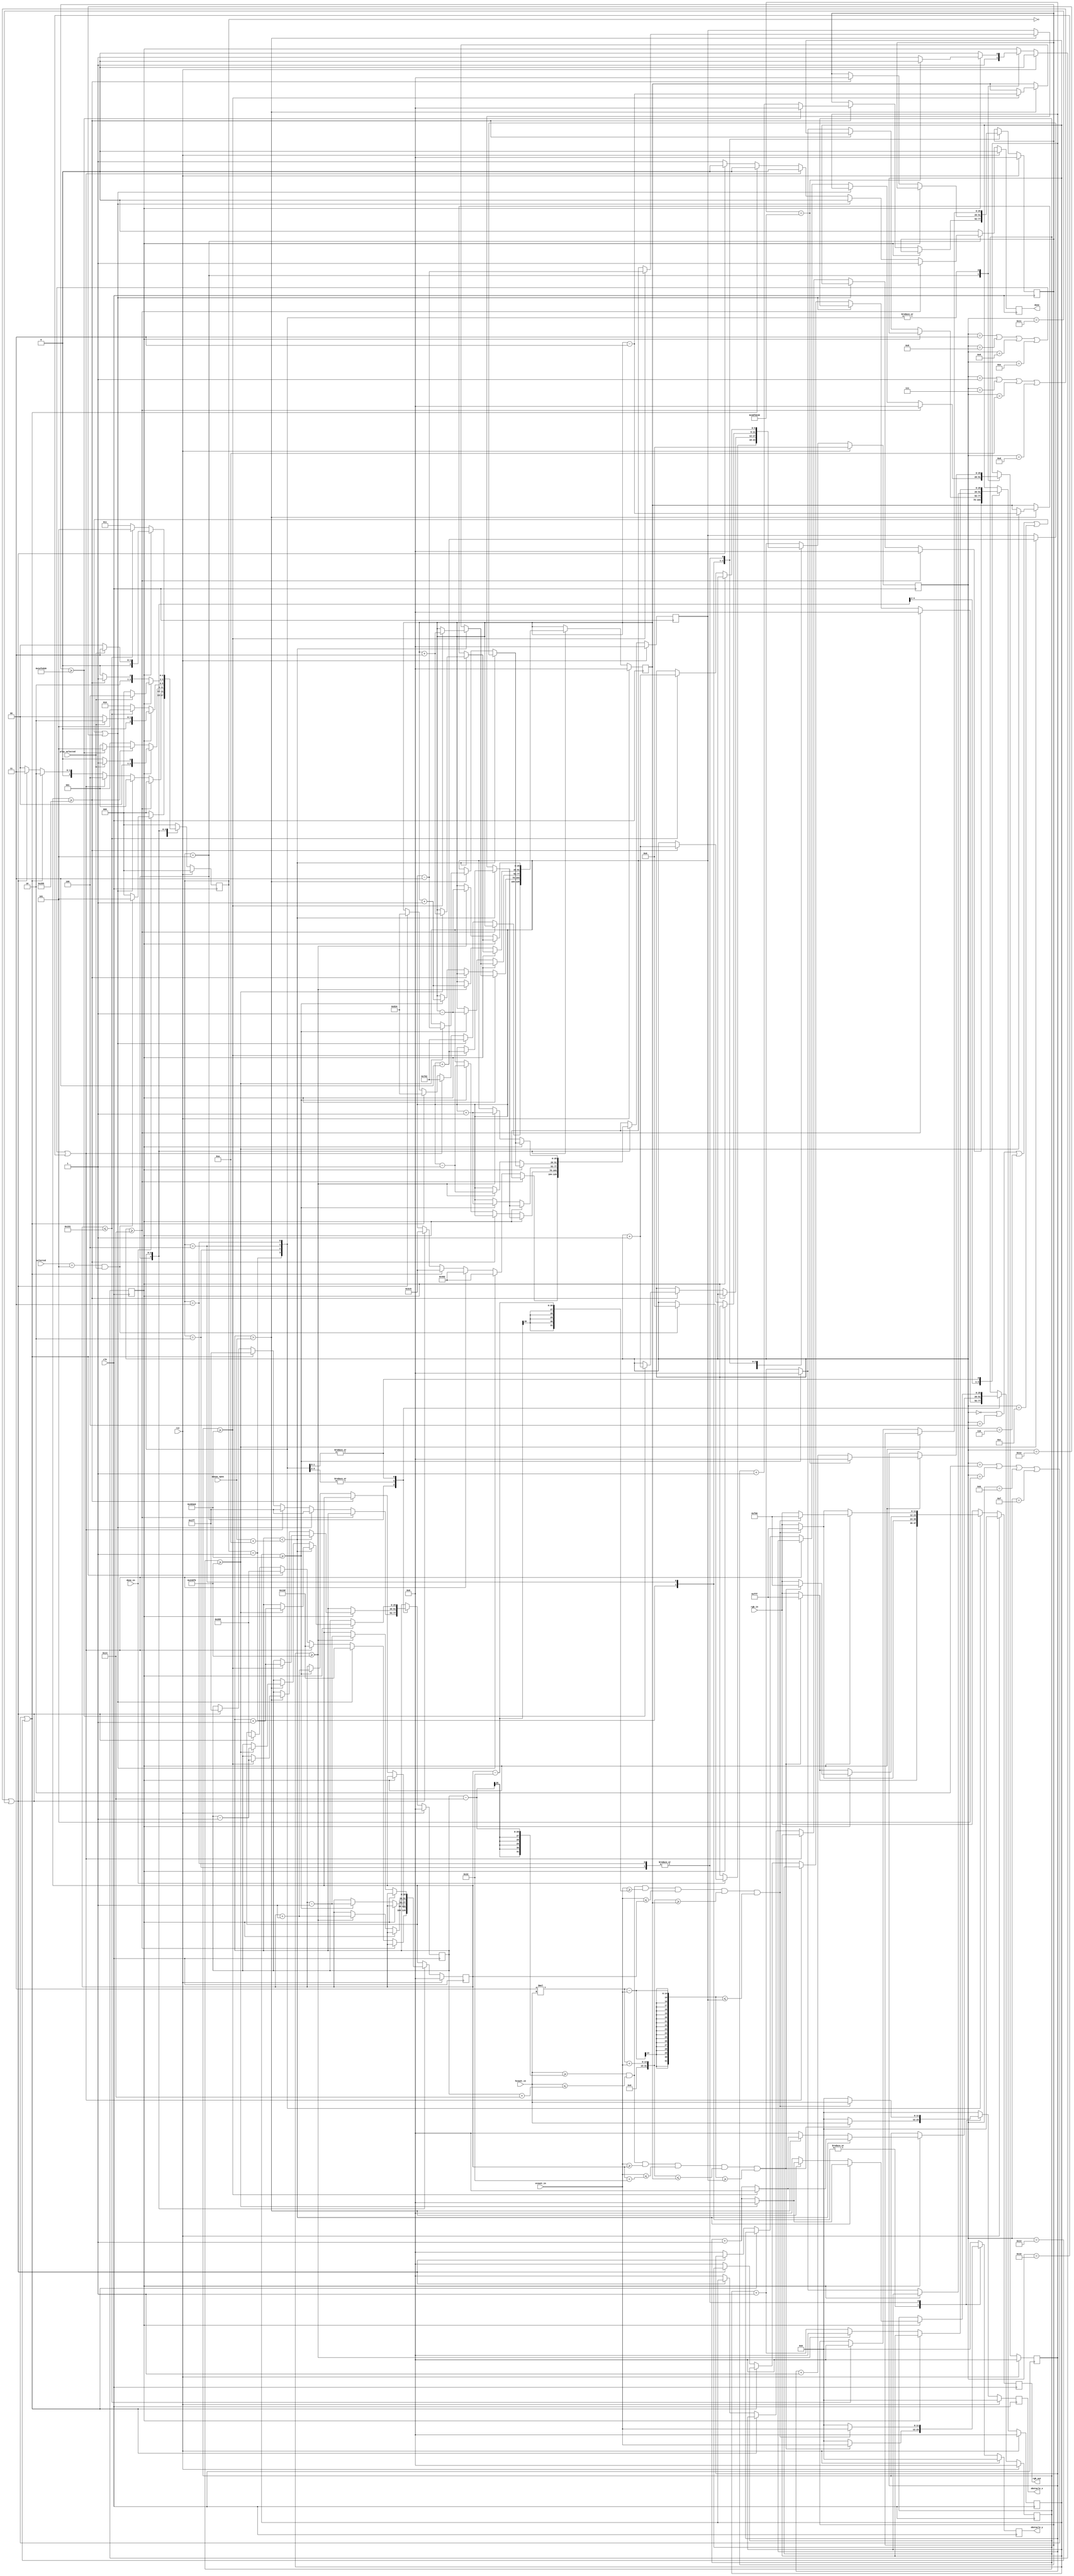
`timescale 1ns / 1ps
//////////////////////////////////////////////////////////////////////////////////
// Company: 
// Engineer: 
// 
// Design Name: 
// Module Name: falling_spikes_obstacle
// Project Name: 
// Target Devices: 
// Tool Versions: 
// Description: 
// 
// Dependencies: 
// 
// Revision:
// Revision 0.01 - File Created
// Additional Comments:
// 
//////////////////////////////////////////////////////////////////////////////////
/*
/MO-created module. Despite knowing how to display static triangles in all 4 directions  on screen (code at the end of file) i could not 
/ find a reasonable way to display triangles facing right and left - bec of the fact that creating slope on screen sometimes requires 
/ comparing hcount and vcount to negative number both of them (hcount and vcount) had to be transformed into "signed" form which is two's complement
/ in order to properly compare values. This resulted in problems of not meeting timing requirements in different wires across the whole program (even outside of "CORE")
/ (Total Negative slack ranged from -9ns  to -250ns in warious attempts to fix this issue in this module). In the end it was decided that it is not worth the effort
/ of rewriting code in warious modules just for the sake of this one module.
/
*/

module falling_spikes_obstacle
    #( parameter
        SELECT_CODE = 3'b101
    )
    (
        input wire  [11:0] vcount_in,
        input wire  [11:0] hcount_in,
        input wire clk,
        input wire rst,
        input wire [11:0] rgb_in,
        input wire play_selected,
        input wire [2:0] selected,
        input wire done_in,
        input wire [11:0] mouse_xpos,
        //input wire [11:0] mouse_ypos, Needed in horizontal spikes but unused due to problem with them.
        
        output reg [11:0] rgb_out,
        output reg [11:0] obstacle_x,
        output reg [11:0] obstacle_y,
        output reg done
    );

localparam COUNTER_AIM              = 65000000,     //1 sec
           COUNTER_FASTER_MOVE      = 150000,
           COUNTER_FAST_MOVE        = 300000,
           COUNTER_AFTER_FALL       = 32500000;   //0,5 sec
           
localparam IDLE                 = 3'b000,
           SPIKE_FROM_TOP       = 3'b001,
           SPIKE_FROM_BOTTOM    = 3'b010,
           BARRAGE_FROM_BOTTOM  = 3'b011,
           BARRAGE_FROM_TOP     = 3'b100,
           SPIKE_DISTRIBUTOR    = 3'b101;

           
localparam SPIKE_WIDTH          = 20;

localparam GAME_FIELD_TOP       = 317,
           GAME_FIELD_BOTTOM    = 617,
           GAME_FIELD_LEFT      = 361,
           GAME_FIELD_RIGHT     = 661;
    
reg [25:0] counter_move_x, counter_move_x_nxt, counter_move_y, counter_move_y_nxt;
reg [25:0] counter_after_fall, counter_after_fall_nxt;
reg [11:0] rgb_nxt;
reg [11:0] obstacle_x_nxt, obstacle_y_nxt;
reg [2:0] state, state_nxt;
reg done_nxt;
reg [25:0] aim_counter, aim_counter_nxt;

reg [5:0] spike_counter, spike_counter_nxt;
reg warning, warning_nxt;
reg [25:0] spike_left_or_top_slope, spike_left_or_top_slope_nxt, spike_right_or_bot_slope, spike_right_or_bot_slope_nxt;
reg [25:0] spike_center_x, spike_center_x_nxt, spike_center_y, spike_center_y_nxt;


always @(posedge clk) begin
    if (rst) begin
        state                       <= IDLE;
        rgb_out                     <= 0; 
        obstacle_x                  <= 0;
        obstacle_y                  <= 0;
        counter_move_x              <= 0;
        counter_move_y              <= 0;
        counter_after_fall          <= 0;
        spike_center_x              <= 0;
        spike_center_y              <= 0;
        spike_counter               <= 0;
        done                        <= 0;
        aim_counter                 <= 0;
        warning                     <= 0;
        spike_left_or_top_slope     <= 0;
        spike_right_or_bot_slope    <= 0;

    end
    else begin
        state                       <= state_nxt;
        rgb_out                     <= rgb_nxt;
        obstacle_x                  <= obstacle_x_nxt;
        obstacle_y                  <= obstacle_y_nxt;
        counter_move_x              <= counter_move_x_nxt;
        counter_move_y              <= counter_move_y_nxt;
        counter_after_fall          <= counter_after_fall_nxt;
        spike_center_x              <= spike_center_x_nxt;
        spike_center_y              <= spike_center_y_nxt;
        spike_counter               <= spike_counter_nxt;
        done                        <= done_nxt;
        aim_counter                 <= aim_counter_nxt;
        warning                     <= warning_nxt;
        spike_left_or_top_slope     <= spike_left_or_top_slope_nxt;
        spike_right_or_bot_slope    <= spike_right_or_bot_slope_nxt;

    end
end

always @* begin
    rgb_nxt                         = rgb_in;
    state_nxt                       = IDLE;
    counter_move_x_nxt              = counter_move_x;
    counter_move_y_nxt              = counter_move_y;
    counter_after_fall_nxt          = counter_after_fall;
    spike_counter_nxt               = spike_counter;
    obstacle_x_nxt                  = 0;
    obstacle_y_nxt                  = 0;
    done_nxt                        = 0;
    aim_counter_nxt                 = aim_counter;
    warning_nxt                     = warning;
    spike_left_or_top_slope_nxt     = spike_left_or_top_slope;
    spike_right_or_bot_slope_nxt    = spike_right_or_bot_slope;
    spike_center_x_nxt              = spike_center_x;
    spike_center_y_nxt              = spike_center_y;
    case (state)
        IDLE: begin
            if (done_in) begin
                //state_nxt = ((selected == 4'b0101) && play_selected) ? SPIKE_DISTRIBUTOR : IDLE;
                if ((selected == SELECT_CODE) && play_selected) begin
                    state_nxt = SPIKE_DISTRIBUTOR;
                    spike_counter_nxt = 0;
                    end
                end
            else
                state_nxt = IDLE;

        end //end state
        
        SPIKE_DISTRIBUTOR: begin
            //finish obstacle
            if (spike_counter >= 20) begin
                state_nxt = IDLE;
                counter_move_x_nxt = 0;
                counter_move_y_nxt = 0;
                aim_counter_nxt = 0;
                warning_nxt = 1;
                done_nxt = 1;
                end
            //SPIKE_FROM_TOP
            else if (spike_counter == 0 || spike_counter == 4 || spike_counter == 6 || spike_counter == 12 || spike_counter == 18 ) begin
                state_nxt = SPIKE_FROM_TOP;
                spike_center_y_nxt = GAME_FIELD_TOP;
                spike_center_x_nxt = 511;
                spike_left_or_top_slope_nxt = 1170;
                spike_right_or_bot_slope_nxt = 1890;
                warning_nxt = 1;
                end
            //BARRAGE_FROM_TOP
            else if (spike_counter == 3 || spike_counter == 8 || spike_counter == 9 || spike_counter == 14 || spike_counter == 16 ) begin
                state_nxt = BARRAGE_FROM_TOP;
                spike_center_y_nxt = GAME_FIELD_TOP;
                spike_center_x_nxt = 511;
                spike_left_or_top_slope_nxt = 1170;
                spike_right_or_bot_slope_nxt = 1890;
                warning_nxt = 1;
                end
            //SPIKE_FROM_BOTTOM
            else if (spike_counter == 2 || spike_counter == 5 || spike_counter == 11 || spike_counter == 15 || spike_counter == 19 ) begin
                state_nxt = SPIKE_FROM_BOTTOM;
                spike_center_y_nxt = GAME_FIELD_BOTTOM;
                spike_center_x_nxt = 511;
                spike_left_or_top_slope_nxt = 965;
                spike_right_or_bot_slope_nxt = 2100;
                warning_nxt = 1;
                end
            //BARRAGE_FROM_BOTTOM
            else if (spike_counter == 1 || spike_counter == 7 || spike_counter == 10 || spike_counter == 13 || spike_counter == 17 ) begin
                state_nxt = BARRAGE_FROM_BOTTOM;
                spike_center_y_nxt = GAME_FIELD_BOTTOM;
                spike_center_x_nxt = 511;
                spike_left_or_top_slope_nxt = 965;
                spike_right_or_bot_slope_nxt = 2100;
                warning_nxt = 1;
                end
            //if somehow none of the above is true then end obstacle    
            else begin
                state_nxt = IDLE;
                counter_move_x_nxt = 0;
                counter_move_y_nxt = 0;
                aim_counter_nxt = 0;
                warning_nxt = 1;
                done_nxt = 1;
                end


        end //end state
        
        
        SPIKE_FROM_TOP: begin
        
            if (!play_selected)
                state_nxt = IDLE;
            else 
                state_nxt = SPIKE_FROM_TOP; 
                
            if (warning) begin
                //in last 2 comps - more in spike_right... and less in spike_left... makes triangle bigger , multiplying hcount gives greater slope (if x>1) or smaller slope (if x<1)
                //to move spike downwards in spike_right... add difference and in spike_left... subtract
                //when moving spike sideways add (or subtract) to both spike_right... and spike_left... value of 3*x_difference 
                if (hcount_in >= spike_center_x - SPIKE_WIDTH && hcount_in <= spike_center_x + SPIKE_WIDTH && vcount_in >= spike_center_y && (vcount_in <= spike_center_y + 50) && ((3 * hcount_in) + vcount_in) <= spike_right_or_bot_slope && ((3 * hcount_in) - vcount_in) >= spike_left_or_top_slope)  begin 
                    rgb_nxt = 12'hf_f_f;
                    obstacle_x_nxt = hcount_in;
                    obstacle_y_nxt = vcount_in;
                    end
                else 
                    rgb_nxt = rgb_in;
                    
                if (aim_counter == COUNTER_AIM) begin
                    aim_counter_nxt = 0;
                    warning_nxt = 0;
                    end
                else 
                    aim_counter_nxt = aim_counter + 1;

                //spike x axis following    
                if (spike_center_x < mouse_xpos + (SPIKE_WIDTH/2)) begin              
                    if (counter_move_x >= COUNTER_FAST_MOVE) begin
                        spike_center_x_nxt = spike_center_x + 1;
                        spike_left_or_top_slope_nxt = spike_left_or_top_slope +3;
                        spike_right_or_bot_slope_nxt = spike_right_or_bot_slope +3;
                        counter_move_x_nxt = 0;
                    end
                    else
                        counter_move_x_nxt = counter_move_x + 1;
                end
                else if (spike_center_x > mouse_xpos) begin         
                    if (counter_move_x >= COUNTER_FAST_MOVE) begin
                        spike_left_or_top_slope_nxt = spike_left_or_top_slope -3;
                        spike_right_or_bot_slope_nxt = spike_right_or_bot_slope -3;
                        spike_center_x_nxt = spike_center_x - 1;  
                        counter_move_x_nxt = 0;
                    end
                    else
                        counter_move_x_nxt = counter_move_x + 1; 
                    end
                else begin                                          
                    spike_center_x_nxt = spike_center_x;
                    counter_move_x_nxt = 0;
                end

                end 
            else begin
                //in last 2 comps - more in spike_right... and less in spike_left... makes triangle bigger , multiplying hcount gives greater slope (if x>1) or smaller slope (if x<1)
                //to move spike downwards in spike_right... add difference and in spike_left... subtract
                //when moving spike sideways add (or subtract) to both spike_right... and spike_left... value of 3*x_difference 
                if (hcount_in >= spike_center_x - SPIKE_WIDTH && hcount_in <= spike_center_x + SPIKE_WIDTH && vcount_in >= spike_center_y && (vcount_in <= spike_center_y + 50) && ((3 * hcount_in) + vcount_in) <= spike_right_or_bot_slope_nxt && ((3 * hcount_in) - vcount_in) >= spike_left_or_top_slope_nxt)  begin 
                    rgb_nxt = 12'hf_f_f;
                    obstacle_x_nxt = hcount_in;
                    obstacle_y_nxt = vcount_in;
                    end
                else begin
                    rgb_nxt = rgb_in;
                    end
                
                if (spike_center_y >= GAME_FIELD_BOTTOM - SPIKE_WIDTH) begin
                    //if stuck in game field frame go to next state after delay
                    if (counter_after_fall >= COUNTER_AFTER_FALL) begin  
                        state_nxt = SPIKE_DISTRIBUTOR;
                        spike_counter_nxt = spike_counter + 1;
                        counter_after_fall_nxt = 0;
                        end
                    else begin
                        counter_after_fall_nxt = counter_after_fall + 1;
                        state_nxt =  SPIKE_FROM_TOP;
                        end
                    end
                else begin
                    state_nxt =  SPIKE_FROM_TOP;
                    //spike falling without changing x value
                    if (counter_move_y >= COUNTER_FAST_MOVE) begin  
                        spike_center_y_nxt = spike_center_y + 1;
                        spike_left_or_top_slope_nxt = spike_left_or_top_slope - 1;
                        spike_right_or_bot_slope_nxt = spike_right_or_bot_slope + 1;
                        counter_move_y_nxt = 0;
                        end
                    else begin
                        counter_move_y_nxt = counter_move_y + 1;
                        end
                    end    
                end
                
  
        end //end state
        
        SPIKE_FROM_BOTTOM: begin
        
            if (!play_selected)
                state_nxt = IDLE;
            else 
                state_nxt = SPIKE_FROM_BOTTOM; 
                
            if (warning) begin
                //to move spike downwards in <= subtract difference and in >= add
                //when moving spike sideways add (or subtract) to both <= and >= value of 3*x_difference  
                if (hcount_in >= spike_center_x - SPIKE_WIDTH && hcount_in <= spike_center_x + SPIKE_WIDTH && (vcount_in >= spike_center_y - 50) && (vcount_in <= spike_center_y) && ((3 * hcount_in) + vcount_in) >= spike_right_or_bot_slope_nxt && ((3 * hcount_in) - vcount_in) <= spike_left_or_top_slope_nxt)  begin 
                    rgb_nxt = 12'hf_f_f;
                    obstacle_x_nxt = hcount_in;
                    obstacle_y_nxt = vcount_in;
                    end
                else 
                    rgb_nxt = rgb_in;
                    
                if (aim_counter == COUNTER_AIM) begin
                    aim_counter_nxt = 0;
                    warning_nxt = 0;
                    end
                else 
                    aim_counter_nxt = aim_counter + 1;

                //spike x axis following    
                if (spike_center_x < mouse_xpos + (SPIKE_WIDTH/2)) begin              
                    if (counter_move_x >= COUNTER_FAST_MOVE) begin
                        spike_center_x_nxt = spike_center_x + 1;
                        spike_left_or_top_slope_nxt = spike_left_or_top_slope +3;
                        spike_right_or_bot_slope_nxt = spike_right_or_bot_slope +3;
                        counter_move_x_nxt = 0;
                    end
                    else
                        counter_move_x_nxt = counter_move_x + 1;
                end
                else if (spike_center_x > mouse_xpos) begin         
                    if (counter_move_x >= COUNTER_FAST_MOVE) begin
                        spike_left_or_top_slope_nxt = spike_left_or_top_slope -3;
                        spike_right_or_bot_slope_nxt = spike_right_or_bot_slope -3;
                        spike_center_x_nxt = spike_center_x - 1;  
                        counter_move_x_nxt = 0;
                    end
                    else
                        counter_move_x_nxt = counter_move_x + 1; 
                    end
                else begin                                          
                    spike_center_x_nxt = spike_center_x;
                    counter_move_x_nxt = 0;
                end

                end 
            else begin
                //to move spike downwards in <= subtract difference and in >= add
                //when moving spike sideways add (or subtract) to both <= and >= value of 3*x_difference 
                if (hcount_in >= spike_center_x - SPIKE_WIDTH && hcount_in <= spike_center_x + SPIKE_WIDTH && (vcount_in >= spike_center_y - 50) && (vcount_in <= spike_center_y) && ((3 * hcount_in) + vcount_in) >= spike_right_or_bot_slope_nxt && ((3 * hcount_in) - vcount_in) <= spike_left_or_top_slope_nxt)  begin 
                    rgb_nxt = 12'hf_f_f;
                    obstacle_x_nxt = hcount_in;
                    obstacle_y_nxt = vcount_in;
                    end
                else begin
                    rgb_nxt = rgb_in;
                    end

                if (counter_move_y >= COUNTER_FAST_MOVE) begin  
                    spike_center_y_nxt = spike_center_y - 1;
                    spike_left_or_top_slope_nxt = spike_left_or_top_slope + 1;
                    spike_right_or_bot_slope_nxt = spike_right_or_bot_slope - 1;
                    counter_move_y_nxt = 0;
                    end
                else begin
                    counter_move_y_nxt = counter_move_y + 1;
                    end
                
                if (spike_center_y <= GAME_FIELD_TOP + SPIKE_WIDTH) begin
                    state_nxt = SPIKE_DISTRIBUTOR;
                    spike_counter_nxt = spike_counter + 1;
                    counter_after_fall_nxt = 0;
                    end
                else
                    state_nxt =  SPIKE_FROM_BOTTOM;
                end
                
  
        end //end state
        
        BARRAGE_FROM_TOP: begin

            if (!play_selected)
                state_nxt = IDLE;
            else 
                state_nxt = BARRAGE_FROM_TOP; 
                
            if (warning) begin
                //in last 2 comps - more in spike_right... and less in spike_left... makes triangle bigger , multiplying hcount gives greater slope (if x>1) or smaller slope (if x<1)
                //to move spike downwards in spike_right... add difference and in spike_left... subtract
                //when moving spike sideways add (or subtract) to both spike_right... and spike_left... value of 3*x_difference 
                if (hcount_in >= spike_center_x - SPIKE_WIDTH && hcount_in <= spike_center_x + SPIKE_WIDTH && vcount_in >= spike_center_y_nxt && (vcount_in <= spike_center_y_nxt + 50) && ((3 * hcount_in) + vcount_in) <= spike_right_or_bot_slope_nxt && ((3 * hcount_in) - vcount_in) >= spike_left_or_top_slope_nxt)  begin 
                    rgb_nxt = 12'hf_0_0;
                    obstacle_x_nxt = hcount_in;
                    obstacle_y_nxt = vcount_in;
                    end
                else 
                    rgb_nxt = rgb_in;
                    
                if (aim_counter == COUNTER_AIM) begin
                    aim_counter_nxt = 0;
                    warning_nxt = 0;
                    end
                else 
                    aim_counter_nxt = aim_counter + 1;

                //spike x axis following    
                if (spike_center_x < mouse_xpos + (SPIKE_WIDTH/2)) begin              
                    if (counter_move_x >= COUNTER_FASTER_MOVE) begin
                        spike_center_x_nxt = spike_center_x + 1;
                        spike_left_or_top_slope_nxt = spike_left_or_top_slope +3;
                        spike_right_or_bot_slope_nxt = spike_right_or_bot_slope +3;
                        counter_move_x_nxt = 0;
                    end
                    else
                        counter_move_x_nxt = counter_move_x + 1;
                end
                else if (spike_center_x > mouse_xpos) begin         
                    if (counter_move_x >= COUNTER_FASTER_MOVE) begin
                        spike_left_or_top_slope_nxt = spike_left_or_top_slope -3;
                        spike_right_or_bot_slope_nxt = spike_right_or_bot_slope -3;
                        spike_center_x_nxt = spike_center_x - 1;  
                        counter_move_x_nxt = 0;
                    end
                    else
                        counter_move_x_nxt = counter_move_x + 1; 
                    end
                else begin                                          
                    spike_center_x_nxt = spike_center_x;
                    counter_move_x_nxt = 0;
                end

                end 
            else begin
                //in last 2 comps - more in spike_right... and less in spike_left... makes triangle bigger , multiplying hcount gives greater slope (if x>1) or smaller slope (if x<1)
                //to move spike downwards in spike_right... add difference and in spike_left... subtract
                //when moving spike sideways add (or subtract) to both spike_right... and spike_left... value of 3*x_difference 
                if (hcount_in >= spike_center_x - SPIKE_WIDTH && hcount_in <= spike_center_x + SPIKE_WIDTH && vcount_in >= spike_center_y && (vcount_in <= spike_center_y + 50) && ((3 * hcount_in) + vcount_in) <= spike_right_or_bot_slope_nxt && ((3 * hcount_in) - vcount_in) >= spike_left_or_top_slope_nxt)  begin 
                    rgb_nxt = 12'hf_f_f;
                    obstacle_x_nxt = hcount_in;
                    obstacle_y_nxt = vcount_in;
                    end
                else begin
                    rgb_nxt = rgb_in;
                    end

                if (counter_move_y >= COUNTER_FASTER_MOVE) begin  
                    spike_center_y_nxt = spike_center_y + 1;
                    spike_left_or_top_slope_nxt = spike_left_or_top_slope - 1;
                    spike_right_or_bot_slope_nxt = spike_right_or_bot_slope + 1;
                    counter_move_y_nxt = 0;
                    end
                else begin
                    counter_move_y_nxt = counter_move_y + 1;
                    end
                
                if (spike_center_y >= GAME_FIELD_BOTTOM - SPIKE_WIDTH) begin
                    state_nxt = SPIKE_DISTRIBUTOR;
                    spike_counter_nxt = spike_counter + 1;
                    counter_after_fall_nxt = 0;
                    end
                else
                    state_nxt =  BARRAGE_FROM_TOP;
                end

        end //end state

        BARRAGE_FROM_BOTTOM: begin
        
            if (!play_selected)
                state_nxt = IDLE;
            else 
                state_nxt = BARRAGE_FROM_BOTTOM; 
                
            if (warning) begin
                //to move spike downwards in <= subtract difference and in >= add
                //when moving spike sideways add (or subtract) to both <= and >= value of 3*x_difference  
                if (hcount_in >= spike_center_x - SPIKE_WIDTH && hcount_in <= spike_center_x + SPIKE_WIDTH && (vcount_in >= spike_center_y - 50) && (vcount_in <= spike_center_y) && ((3 * hcount_in) + vcount_in) >= spike_right_or_bot_slope_nxt && ((3 * hcount_in) - vcount_in) <= spike_left_or_top_slope_nxt)  begin 
                    rgb_nxt = 12'hf_0_0;
                    obstacle_x_nxt = hcount_in;
                    obstacle_y_nxt = vcount_in;
                    end
                else 
                    rgb_nxt = rgb_in;
                    
                if (aim_counter == COUNTER_AIM) begin
                    aim_counter_nxt = 0;
                    warning_nxt = 0;
                    end
                else 
                    aim_counter_nxt = aim_counter + 1;

                //spike x axis following    
                if (spike_center_x < mouse_xpos + (SPIKE_WIDTH/2)) begin              
                    if (counter_move_x >= COUNTER_FASTER_MOVE) begin
                        spike_center_x_nxt = spike_center_x + 1;
                        spike_left_or_top_slope_nxt = spike_left_or_top_slope +3;
                        spike_right_or_bot_slope_nxt = spike_right_or_bot_slope +3;
                        counter_move_x_nxt = 0;
                    end
                    else
                        counter_move_x_nxt = counter_move_x + 1;
                end
                else if (spike_center_x > mouse_xpos) begin         
                    if (counter_move_x >= COUNTER_FASTER_MOVE) begin
                        spike_left_or_top_slope_nxt = spike_left_or_top_slope -3;
                        spike_right_or_bot_slope_nxt = spike_right_or_bot_slope -3;
                        spike_center_x_nxt = spike_center_x - 1;  
                        counter_move_x_nxt = 0;
                    end
                    else
                        counter_move_x_nxt = counter_move_x + 1; 
                    end
                else begin                                          
                    spike_center_x_nxt = spike_center_x;
                    counter_move_x_nxt = 0;
                end

                end 
            else begin
                //to move spike downwards in <= subtract difference and in >= add
                //when moving spike sideways add (or subtract) to both <= and >= value of 3*x_difference 
                if (hcount_in >= spike_center_x - SPIKE_WIDTH && hcount_in <= spike_center_x + SPIKE_WIDTH && (vcount_in >= spike_center_y - 50) && (vcount_in <= spike_center_y) && ((3 * hcount_in) + vcount_in) >= spike_right_or_bot_slope_nxt && ((3 * hcount_in) - vcount_in) <= spike_left_or_top_slope_nxt)  begin 
                    rgb_nxt = 12'hf_f_f;
                    obstacle_x_nxt = hcount_in;
                    obstacle_y_nxt = vcount_in;
                    end
                else begin
                    rgb_nxt = rgb_in;
                    end

                if (counter_move_y >= COUNTER_FASTER_MOVE) begin  
                    spike_center_y_nxt = spike_center_y - 1;
                    spike_left_or_top_slope_nxt = spike_left_or_top_slope + 1;
                    spike_right_or_bot_slope_nxt = spike_right_or_bot_slope - 1;
                    counter_move_y_nxt = 0;
                    end
                else begin
                    counter_move_y_nxt = counter_move_y + 1;
                    end
                
                if (spike_center_y <= GAME_FIELD_TOP + SPIKE_WIDTH) begin
                    state_nxt = SPIKE_DISTRIBUTOR;
                    spike_counter_nxt = spike_counter + 1;
                    counter_after_fall_nxt = 0;
                    end
                else
                    state_nxt =  BARRAGE_FROM_BOTTOM;
                end
                

        end //end state




    endcase
end
        







endmodule




// obsolete code for dispalying and moving spike from left side of game field to right, not implemented due to reasons stated before
/*
        SPIKE_FROM_LEFT: begin
        
            if (menu_on || !play_selected)
                state_nxt = IDLE;
            else 
                state_nxt = SPIKE_FROM_LEFT; 
            // else if (hcount_in >= 361 && hcount_in <= 411 && vcount_in >= 300 && vcount_in <= 340 && (((3 * hcount_in)/10) + vcount_in) <= 440 && (((3 * hcount_in)/10) - vcount_in) <= -200)
            spike_left_or_top_slope_nxt = -25'sb00000000000000000110000110;
            spike_right_or_bot_slope_nxt = 630;
            if (warning) begin
                //to move down add to 1st comparison and subtarct from 2nd
                // to move right add to both comparisons 0,3*x_difference
                if (signed_hcount >= spike_center_x && signed_hcount <= spike_center_x + 50 && (signed_vcount >= spike_center_y - SPIKE_WIDTH) && (signed_vcount <= spike_center_y + SPIKE_WIDTH) && (((3 * signed_hcount)/10) + signed_vcount) <= spike_right_or_bot_slope_nxt && (((3 * signed_hcount)/10) - signed_vcount) <= spike_left_or_top_slope_nxt)  begin 
                    rgb_nxt = 12'hf_f_f;
                    obstacle_x_nxt = hcount_in;
                    obstacle_y_nxt = vcount_in;
                    end
                else 
                    rgb_nxt = rgb_in;
                   
                if (warning_counter == COUNTER_WARNING) begin
                    warning_counter_nxt = 0;
                    //warning_nxt = 0;
                    end
                else 
                    warning_counter_nxt = warning_counter + 1;
                
                //spike y axis following    
                if (spike_center_y < mouse_ypos + (SPIKE_WIDTH/2)) begin              
                    if (counter_move_y >= COUNTER_FAST_MOVE) begin
                        spike_center_y_nxt = spike_center_y + 1;
                        spike_left_or_top_slope_nxt = spike_left_or_top_slope - 1;
                        spike_right_or_bot_slope_nxt = spike_right_or_bot_slope + 1;
                        counter_move_y_nxt = 0;
                    end
                    else
                        counter_move_y_nxt = counter_move_y + 1;
                end
                else if (spike_center_y > mouse_ypos) begin         
                    if (counter_move_y >= COUNTER_FAST_MOVE) begin
                        spike_center_y_nxt = spike_center_y - 1; 
                        spike_left_or_top_slope_nxt = spike_left_or_top_slope + 1;
                        spike_right_or_bot_slope_nxt = spike_right_or_bot_slope - 1;
                        counter_move_y_nxt = 0;
                    end
                    else
                        counter_move_y_nxt = counter_move_y + 1; 
                    end
                else begin                                          
                    spike_center_y_nxt = spike_center_y;
                    counter_move_y_nxt = 0;
                    end
                    
                end 
            else begin
                //to move down add to 1st comparison and subtarct from 2nd
                // to move right add to both comparisons 0,3*x_difference
                if (hcount_in >= spike_center_x  && hcount_in <= spike_center_x + SPIKE_WIDTH && (vcount_in >= spike_center_y - 50) && (vcount_in <= spike_center_y) && (((3 * hcount_in)/10) + vcount_in) <= spike_right_or_bot_slope_nxt && (((3 * hcount_in)/10) - vcount_in) <= spike_left_or_top_slope_nxt)  begin 
                    rgb_nxt = 12'hf_f_f;
                    obstacle_x_nxt = hcount_in;
                    obstacle_y_nxt = vcount_in;
                    end
                else begin
                    rgb_nxt = rgb_in;
                    end

                if (counter_move_x >= COUNTER_MOVE) begin  
                    spike_center_x_nxt = spike_center_x + 3;
                    spike_left_or_top_slope_nxt = spike_left_or_top_slope + 1;
                    spike_right_or_bot_slope_nxt = spike_right_or_bot_slope + 1;
                    counter_move_x_nxt = 0;
                    end
                else begin
                    counter_move_x_nxt = counter_move_x + 1;
                    end
                
                if (spike_center_x >= GAME_FIELD_RIGHT - SPIKE_WIDTH) begin
                    state_nxt = SPIKE_FROM_RIGHT;
                    spike_center_x_nxt = 511;
                    spike_left_or_top_slope_nxt = 1170;
                    spike_right_or_bot_slope_nxt = 1890;
                    spike_center_y_nxt = GAME_FIELD_LEFT;
                    warning_nxt = 1;
                    end
                else
                    state_nxt =  SPIKE_FROM_LEFT;
                end
                
  
        end //end state
*/ 


//examples of displaying static triangles in 4 directions
                /*
                else if (hcount_in >= 120 && hcount_in <= 160 && vcount_in >= 300 && vcount_in <= 350 && ((3 * hcount_in) + vcount_in) <= 770 && ((3 * hcount_in) - vcount_in) >= 70)   
                //in last 2 comps - more in <= and less in >= makes triangle bigger , multiplying hcount gives bigger slope     
                    rgb_nxt = 12'h0_f_f;
                else if (hcount_in >= 120 && hcount_in <= 160 && vcount_in >= 500 && vcount_in <= 550 && ((3 * hcount_in) + vcount_in) <= 970 && ((3 * hcount_in) - vcount_in) >= -130)
                    rgb_nxt = 12'h0_f_f;  
                else if (hcount_in >= 120 && hcount_in <= 160 && vcount_in >= 600 && vcount_in <= 650 && ((3 * hcount_in) + vcount_in) <= 1070 && ((3 * hcount_in) - vcount_in) >= -230)
                    rgb_nxt = 12'h0_f_f;  
                else if (hcount_in >= 420 && hcount_in <= 460 && vcount_in >= 300 && vcount_in <= 350 && ((3 * hcount_in) + vcount_in) <= 1670 && ((3 * hcount_in) - vcount_in) >= 970)
                    rgb_nxt = 12'hf_0_f;  
                else if (hcount_in >= 420 && hcount_in <= 460 && vcount_in >= 500 && vcount_in <= 550 && ((3 * hcount_in) + vcount_in) <= 1870 && ((3 * hcount_in) - vcount_in) >= 770)
                    rgb_nxt = 12'hf_0_f; 
                //in last 2 comps - more in <= and less in >= makes triangle bigger , multiplying hcount gives bigger slope     
                //to move spike downwards in <= add difference and in >= subtract
                //when moving spike sideways add (or subtract) to both <= and >= value of 3*x_difference  
                
                //rightwards spike
                else if (hcount_in >= 361 && hcount_in <= 411 && vcount_in >= 300 && vcount_in <= 340 && (((3 * hcount_in)/10) + vcount_in) <= 440 && (((3 * hcount_in)/10) - vcount_in) <= -200)
                    rgb_nxt = 12'hf_0_f; 
    
                else if (hcount_in >= 361 && hcount_in <= 411 && vcount_in >= 500 && vcount_in <= 540 && ((3 * hcount_in)/10 + vcount_in) <= 640 && ((3 * hcount_in)/10 - vcount_in) <= -400)
                    rgb_nxt = 12'hf_0_f; 
                else if (hcount_in >= 561 && hcount_in <= 611 && vcount_in >= 500 && vcount_in <= 540 && ((3 * hcount_in)/10 + vcount_in) <= 700 && ((3 * hcount_in)/10 - vcount_in) <= -340)
                    rgb_nxt = 12'hf_0_f; 
                //to move down add to 1st comparison and subtarct from 2nd
                // to move right add to both comparisons 0,3*x_difference
                
                //leftwardsspike    
                else if (hcount_in >= 611 && hcount_in <= 661 && vcount_in >= 300 && vcount_in <= 340 && (((3 * hcount_in)/10) + vcount_in) >= 505 && (((3 * hcount_in)/10) - vcount_in) >= -135)
                    rgb_nxt = 12'hf_f_0;
                    
                else if (hcount_in >= 611 && hcount_in <= 661 && vcount_in >= 400 && vcount_in <= 440 && (((3 * hcount_in)/10) + vcount_in) >= 605 && (((3 * hcount_in)/10) - vcount_in) >= -235)
                    rgb_nxt = 12'hf_f_0;
                else if (hcount_in >= 361 && hcount_in <= 411 && vcount_in >= 400 && vcount_in <= 440 && (((3 * hcount_in)/10) + vcount_in) >= 530 && (((3 * hcount_in)/10) - vcount_in) >= -310)
                        rgb_nxt = 12'hf_f_0;                
                //to move down add to 1st comparison and subtract in 2nd comparison  
                //to move left subtract from both comparisions 0,3*x_difference
                
                //upwards spike
                else if (hcount_in >= 400 && hcount_in <= 440 && vcount_in >= 567 && vcount_in <= 617 && ((3 * hcount_in) + vcount_in) >= 1830 && ((3 * hcount_in) - vcount_in) <= 690)   
                    rgb_nxt = 12'hf_0_0;
                    
                else if (hcount_in >= 400 && hcount_in <= 440 && vcount_in >= 317 && vcount_in <= 367 && ((3 * hcount_in) + vcount_in) >= 1580 && ((3 * hcount_in) - vcount_in) <= 940)   
                    rgb_nxt = 12'hf_0_0;
                else if (hcount_in >= 300 && hcount_in <= 340 && vcount_in >= 567 && vcount_in <= 617 && ((3 * hcount_in) + vcount_in) >= 1530 && ((3 * hcount_in) - vcount_in) <= 390)   
                    rgb_nxt = 12'hf_0_0;
                //to move spike downwards in <= subtract difference and in >= add
                //when moving spike sideways add (or subtract) to both <= and >= value of 3*x_difference 
                */